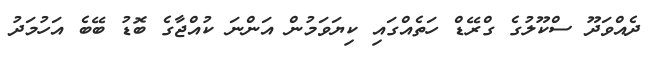
ދެއްވަދޫ ސްކޫލުގެ ގްރޭޑް ހަތެއްގައި ކިޔަވަމުން އަންނަ ކުއްޖާގެ ބޮޑު ބޭބެ އަހުމަދު